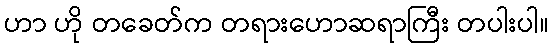
ဟာ ဟို တခေတ်က တရားဟောဆရာကြီး တပါးပါ။